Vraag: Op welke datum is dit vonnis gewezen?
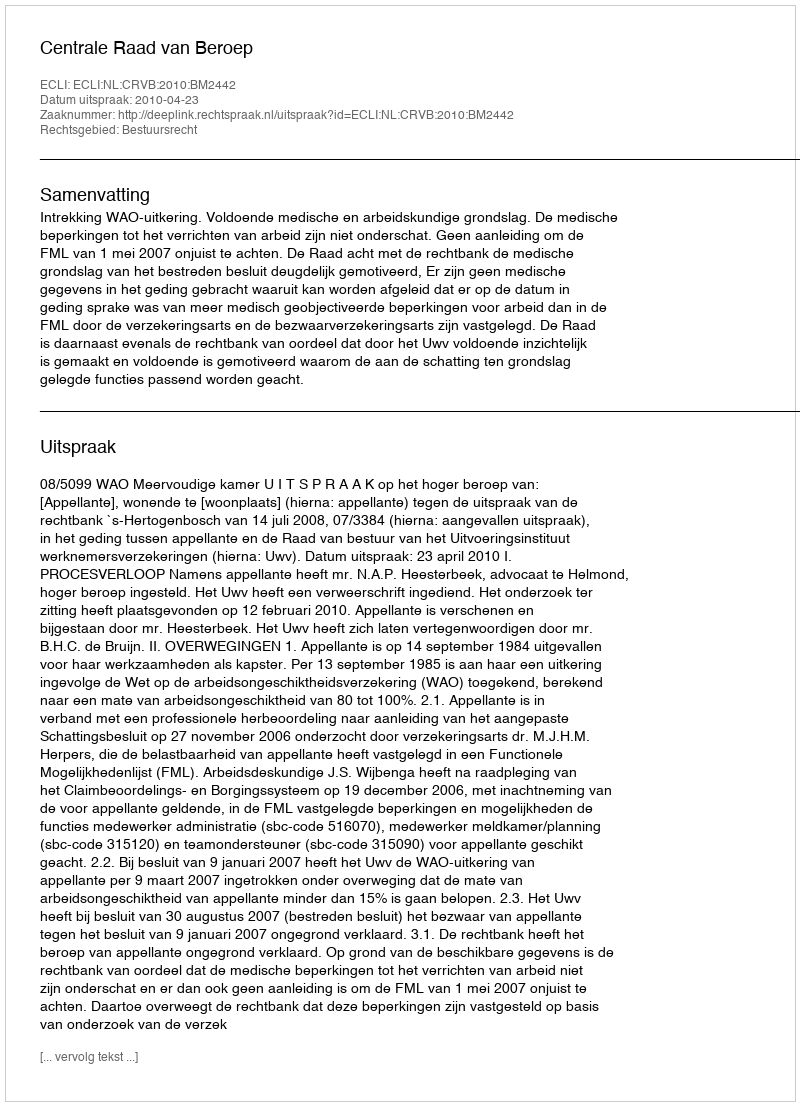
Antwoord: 2010-04-23